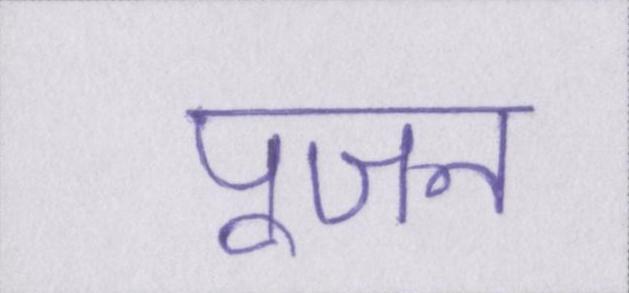
पूजन